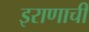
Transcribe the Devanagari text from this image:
इराणाची